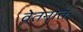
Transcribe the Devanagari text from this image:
वेतनात